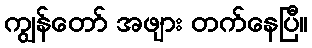
ကျွန်တော် အဖျား တက်နေပြီ။